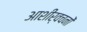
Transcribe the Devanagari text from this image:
आशीर्वचनों